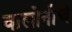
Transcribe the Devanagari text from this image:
वालोनीचे